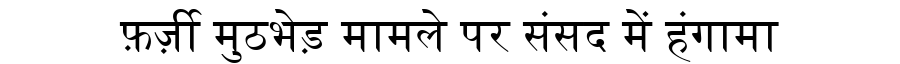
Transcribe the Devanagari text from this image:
फ़र्ज़ी मुठभेड़ मामले पर संसद में हंगामा